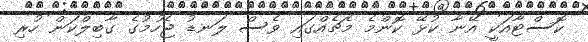
ކޮސްޓާއަކީ އޭނާ ކުޅޭ ކޮންމެ މެޗެއްގައި ވެސް ލަނޑު ޖެހުމުގެ ގާބިލްކަން ހުރި